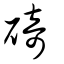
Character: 碕